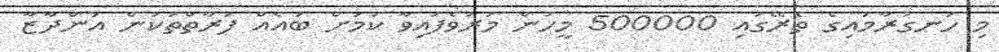
މި ހަނގުރާމައިގެ ތެރޭގައި 500000 މީހުން މަރުވެފައިވާ ކަމަށް ބައެއް ފަރާތްތަކުން އަންދާޒާ